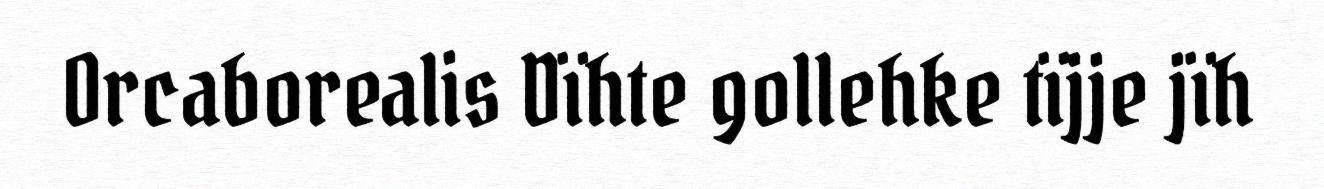
Orcaborealis Dïhte gollehke tïjje jïh